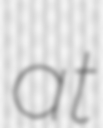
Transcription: at